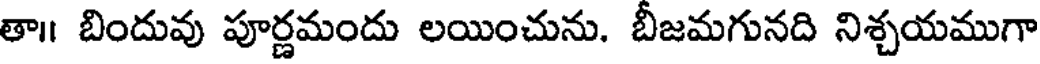
తా॥ బిందువు పూర్ణమందు లయించును. బీజమగునది నిశ్చయముగా